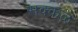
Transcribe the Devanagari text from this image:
सक्‍कळ